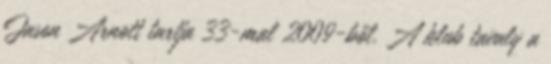
Jason Arnott tartja 33-mal 2009-ből. A klub tavaly a